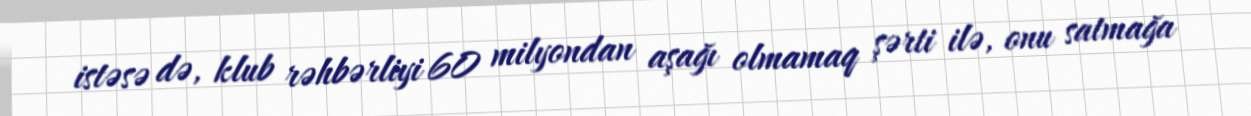
istəsə də, klub rəhbərliyi 60 milyondan aşağı olmamaq şərti ilə, onu satmağa